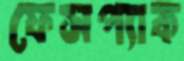
ফেসপ্যাক